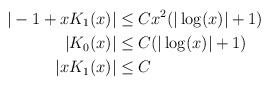
LaTeX: \begin{align*} |-1+x K_{1}(x)| &\leq C x^{2}(|\log(x)|+1)\\|K_{0}(x)| &\leq C(|\log(x)|+1)\\|x K_{1}(x)| &\leq C\end{align*}